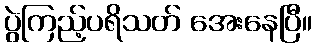
ပွဲကြည့်ပရိသတ် အေးနေပြီ။